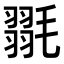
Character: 𭯥